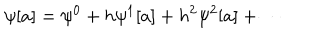
LaTeX: \psi [ a ] = \psi ^ { 0 } + h \psi ^ { 1 } [ a ] + h ^ { 2 } \psi ^ { 2 } [ a ] + \cdots \hspace { 3 m m } .